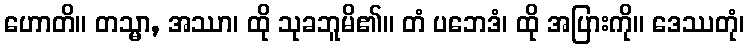
ဟောတိ။ တသ္မာ, အဿာ၊ ထို သုခဘူမိ၏။ တံ ပဘေဒံ၊ ထို အပြားကို။ ဒေဿတုံ၊